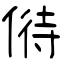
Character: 偫